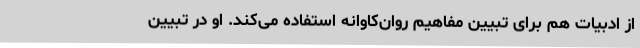
از ادبیات هم برای تبیین مفاهیم روان‌کاوانه استفاده می‌کند. او در تبیین